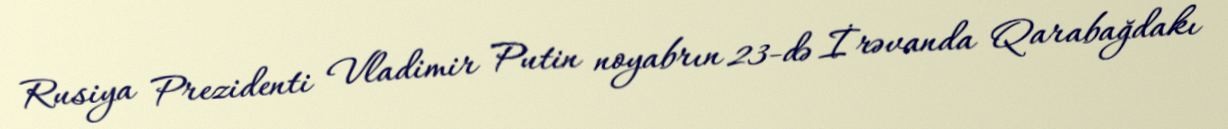
Rusiya Prezidenti Vladimir Putin noyabrın 23-də İrəvanda Qarabağdakı